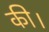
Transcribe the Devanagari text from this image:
की।